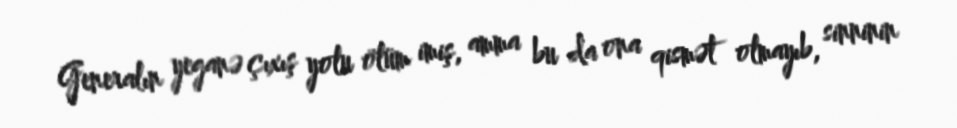
Generalın yeganə çıxış yolu ölüm imiş, amma bu da ona qismət olmayıb, sinninin